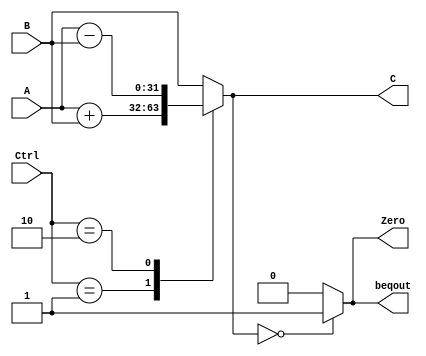
module ALu( A, B, Ctrl, C, Zero,beqout );
    /*            IO ports          */
    input   [31:0]          A;                  // the 1st input data
    input   [31:0]          B;                  // the 2nd input data
    input   [2:0]           Ctrl;               // function code
    output  [31:0]          C;                  // calculation result 
    output                  Zero;   
    output beqout;            // 0 indicator

    /* internal registers and wires   */
    reg     [32:0]          tmp_arith ;         // result of arithmetic and logic operations
    
    //
    assign  C           = tmp_arith[31:0] ;
    assign  Zero        = (tmp_arith[31:0]==0) ? 1 : 0 ;
    assign  beqout      =  (tmp_arith[31:0]==0) ? 1 : 0 ;
    
    // Note: "default" clause must be used to prevent a latch be synthesized
    always  @( * )
        case (Ctrl)
            //`ALU_ADD      :   tmp_arith   <= {A[31], A} + {B[31], B} ;
          //  `ALU_SUB    :   tmp_arith   <= {A[31], A} - {B[31], B};//immediate need check
           // `ALU_LUI     :   tmp_arith <= {B[15:0],16'b0};//LUI
            3'b001      :   tmp_arith   <= {A[31], A} + {B[31], B} ;//add
            3'b010    :   tmp_arith   <= {A[31], A} - {B[31], B};//sub
           
           
            // more codes needed
            default     :   tmp_arith   <= B ;
        endcase
        
endmodule